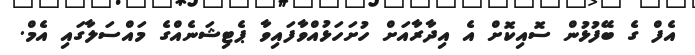
އެފް ގެ ބޭފުޅުން ސޮއިކޮށް އެ އިދާރާއަށް ހުށަހަޅުއްވާފައިވާ ޕެޓިޝަނެއްގެ މައްސަލާގައި އެމް.